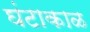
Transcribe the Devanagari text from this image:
घंटाकाळ